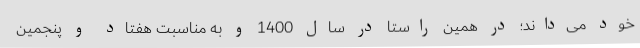
خود می‌داند؛ در همین راستا در سال 1400 و به مناسبت هفتاد و پنجمین